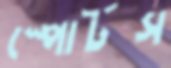
স্পোর্টস